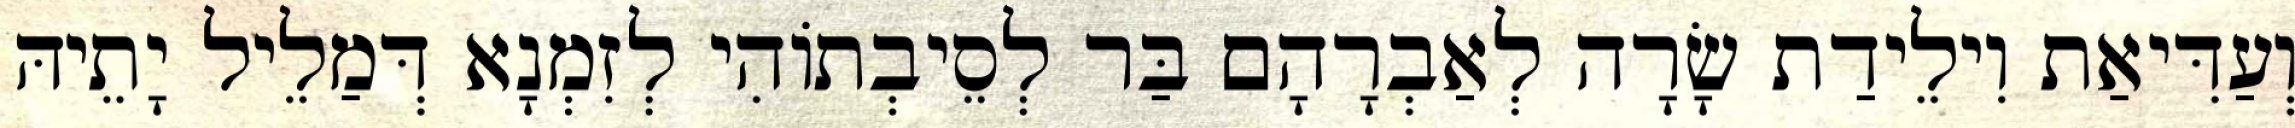
וְעַדִּיאַת וִילֵידַת שָׂרָה לְאַבְרָהָם בַּר לְסֵיבְתוֹהִי לְזִמְנָא דְּמַלֵיל יָתֵיהּ